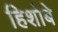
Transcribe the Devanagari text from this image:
हिशोबे